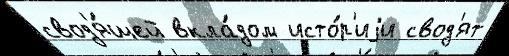
свод'я́щей вкла́дом исто́р'иjи свод'ят